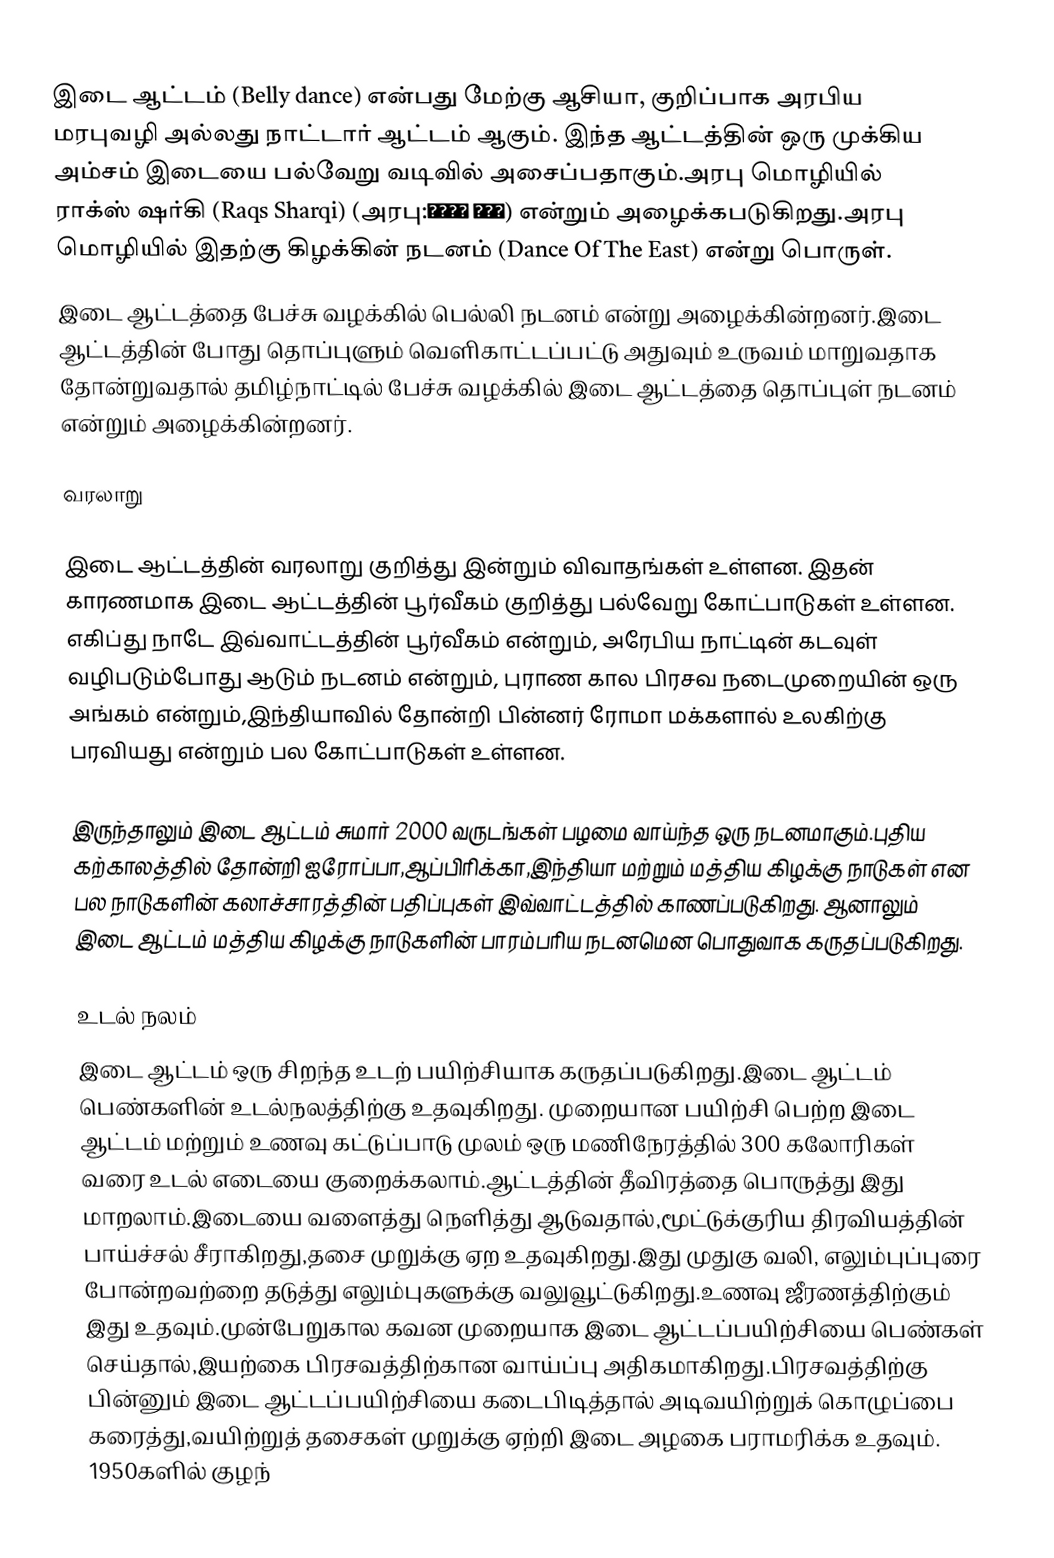
இடை ஆட்டம் (Belly dance) என்பது மேற்கு ஆசியா, குறிப்பாக அரபிய மரபுவழி அல்லது நாட்டார் ஆட்டம் ஆகும்.  இந்த ஆட்டத்தின் ஒரு முக்கிய அம்சம் இடையை பல்வேறு வடிவில் அசைப்பதாகும்.அரபு மொழியில் ராக்ஸ் ஷர்கி (Raqs Sharqi) (அரபு:رقص شرقي) என்றும் அழைக்கபடுகிறது.அரபு மொழியில் இதற்கு கிழக்கின் நடனம் (Dance Of The East) என்று பொருள்.
இடை ஆட்டத்தை பேச்சு வழக்கில் பெல்லி நடனம் என்று அழைக்கின்றனர்.இடை ஆட்டத்தின் போது தொப்புளும் வெளிகாட்டப்பட்டு அதுவும் உருவம் மாறுவதாக தோன்றுவதால் தமிழ்நாட்டில் பேச்சு வழக்கில் இடை ஆட்டத்தை தொப்புள் நடனம் என்றும் அழைக்கின்றனர்.

வரலாறு

இடை ஆட்டத்தின் வரலாறு குறித்து இன்றும் விவாதங்கள் உள்ளன. இதன் காரணமாக இடை ஆட்டத்தின் பூர்வீகம் குறித்து பல்வேறு கோட்பாடுகள் உள்ளன. எகிப்து நாடே இவ்வாட்டத்தின் பூர்வீகம் என்றும், அரேபிய நாட்டின் கடவுள் வழிபடும்போது ஆடும் நடனம் என்றும், புராண கால பிரசவ நடைமுறையின் ஒரு அங்கம் என்றும்,இந்தியாவில் தோன்றி பின்னர் ரோமா மக்களால் உலகிற்கு பரவியது என்றும் பல கோட்பாடுகள் உள்ளன.

இருந்தாலும் இடை ஆட்டம் சுமார் 2000 வருடங்கள் பழமை வாய்ந்த ஒரு நடனமாகும்.புதிய கற்காலத்தில் தோன்றி ஐரோப்பா,ஆப்பிரிக்கா,இந்தியா மற்றும் மத்திய கிழக்கு நாடுகள் என பல நாடுகளின் கலாச்சாரத்தின் பதிப்புகள் இவ்வாட்டத்தில் காணப்படுகிறது. ஆனாலும்  இடை ஆட்டம் மத்திய கிழக்கு நாடுகளின் பாரம்பரிய நடனமென பொதுவாக கருதப்படுகிறது.

உடல் நலம்
இடை ஆட்டம் ஒரு சிறந்த உடற் பயிற்சியாக கருதப்படுகிறது.இடை ஆட்டம் பெண்களின் உடல்நலத்திற்கு உதவுகிறது. முறையான பயிற்சி பெற்ற இடை ஆட்டம் மற்றும் உணவு கட்டுப்பாடு முலம் ஒரு மணிநேரத்தில் 300 கலோரிகள் வரை உடல் எடையை குறைக்கலாம்.ஆட்டத்தின் தீவிரத்தை பொருத்து இது மாறலாம்.இடையை வளைத்து நெளித்து ஆடுவதால்,மூட்டுக்குரிய திரவியத்தின் பாய்ச்சல் சீராகிறது,தசை முறுக்கு ஏற உதவுகிறது.இது முதுகு வலி, எலும்புப்புரை போன்றவற்றை தடுத்து எலும்புகளுக்கு வலுவூட்டுகிறது.உணவு ஜீரணத்திற்கும் இது உதவும்.முன்பேறுகால கவன முறையாக இடை ஆட்டப்பயிற்சியை பெண்கள் செய்தால்,இயற்கை பிரசவத்திற்கான வாய்ப்பு அதிகமாகிறது.பிரசவத்திற்கு பின்னும் இடை ஆட்டப்பயிற்சியை கடைபிடித்தால் அடிவயிற்றுக் கொழுப்பை கரைத்து,வயிற்றுத் தசைகள் முறுக்கு ஏற்றி இடை அழகை பராமரிக்க உதவும். 1950களில் குழந்